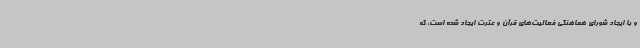
و با ایجاد شورای هماهنگی فعالیت‌های قرآن و عترت ایجاد شده است، که